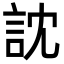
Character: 訦